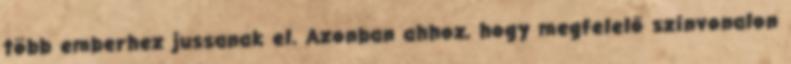
több emberhez jussanak el. Azonban ahhoz, hogy megfelelő színvonalon